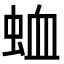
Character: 𮔆